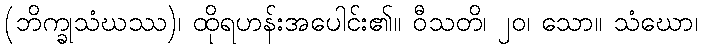
(ဘိက္ခုသံဃဿ)၊ ထိုရဟန်းအပေါင်း၏။ ဝီသတိ၊ ၂၀၊ သော။ သံဃော၊